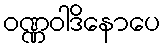
ဝဏ္ဏဝါဒိနောပေ